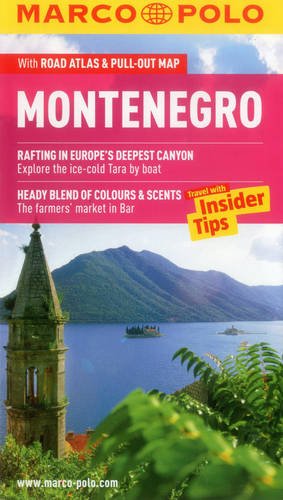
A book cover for Montenegro Marco Polo Guide (Marco Polo Guides); Marco Polo Travel; Travel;